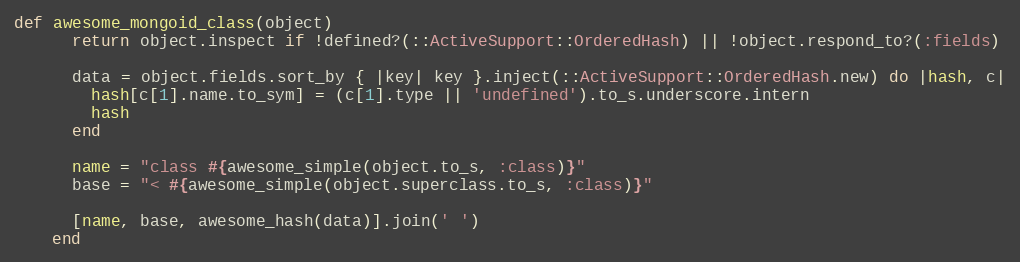
Language: Ruby
def awesome_mongoid_class(object)
      return object.inspect if !defined?(::ActiveSupport::OrderedHash) || !object.respond_to?(:fields)

      data = object.fields.sort_by { |key| key }.inject(::ActiveSupport::OrderedHash.new) do |hash, c|
        hash[c[1].name.to_sym] = (c[1].type || 'undefined').to_s.underscore.intern
        hash
      end

      name = "class #{awesome_simple(object.to_s, :class)}"
      base = "< #{awesome_simple(object.superclass.to_s, :class)}"

      [name, base, awesome_hash(data)].join(' ')
    end